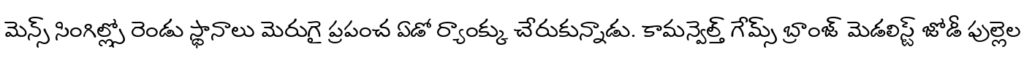
మెన్స్ సింగిల్స్లో రెండు స్థానాలు మెరుగై ప్రపంచ ఏడో ర్యాంక్కు చేరుకున్నాడు. కామన్వెల్త్ గేమ్స్ బ్రాంజ్ మెడలిస్ట్ జోడీ పుల్లెల